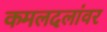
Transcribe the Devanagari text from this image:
कमलदलांवर